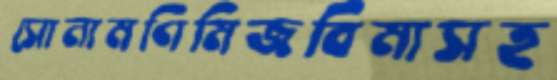
সোনামণিমিজবিমাসহ